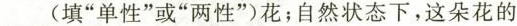
___(填”单性”或”两性”)花；自然状态下，这朵花的